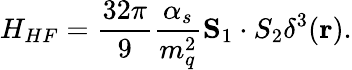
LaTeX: H_{HF}=\frac{32\pi}{9}\frac{\alpha_{s}}{m_{q}^{2}}{\mathbf S_{1}\cdot S_{2}}\delta^{3}({\mathbf r}).